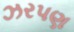
ઝરપણ